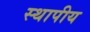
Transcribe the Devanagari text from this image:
स्थापीय